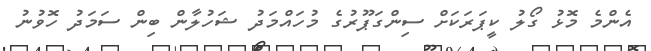
އެންމެ މޮޅު ގޯލު ކީޕަރަކަށް ސިންގަޕޫރުގެ މުހައްމަދު ޝަހުލާން ބިން ސަމަދު ހޮވުނު